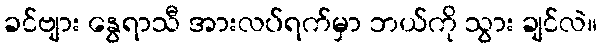
ခင်ဗျား နွေရာသီ အားလပ်ရက်မှာ ဘယ်ကို သွား ချင်လဲ။